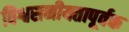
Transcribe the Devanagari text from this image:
विश्वसनीयतापूर्वक